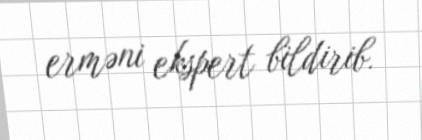
erməni ekspert bildirib.